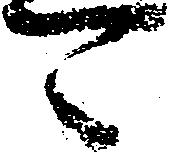
可